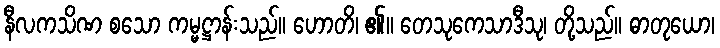
နီလကသိဏ စသော ကမ္မဋ္ဌာန်းသည်။ ဟောတိ၊ ၏။ တေသုကေသာဒီသု၊ တို့သည်။ ဓာတုယော၊